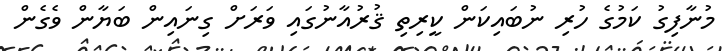
މުނާފިގު ކަމުގެ ހުރި ނުބައިކަން ކީރިތި ޤުރުއާނުގައި ވަރަށް ގިނައިން ބަޔާން ވެގެން